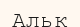
Альк